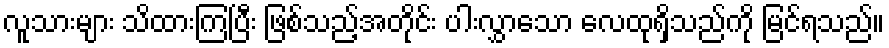
လူသားများ သိထားကြပြီး ဖြစ်သည့်အတိုင်း ပါးလွှာသော လေထုရှိသည်ကို မြင်ရသည်။